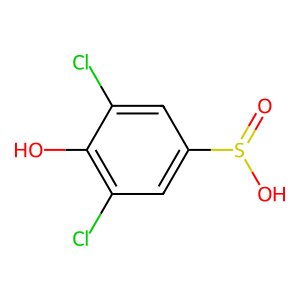
SMILES: O=S(O)c1cc(Cl)c(O)c(Cl)c1
Inhibits HIV replication: No